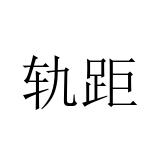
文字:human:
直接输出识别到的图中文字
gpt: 轨距